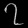
Digit: ၇